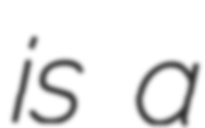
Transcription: is a